Report of the Municipal Commissioner on the plague in Bombay for the year ending 31st May... - Volume 1
Disease focus: Plague
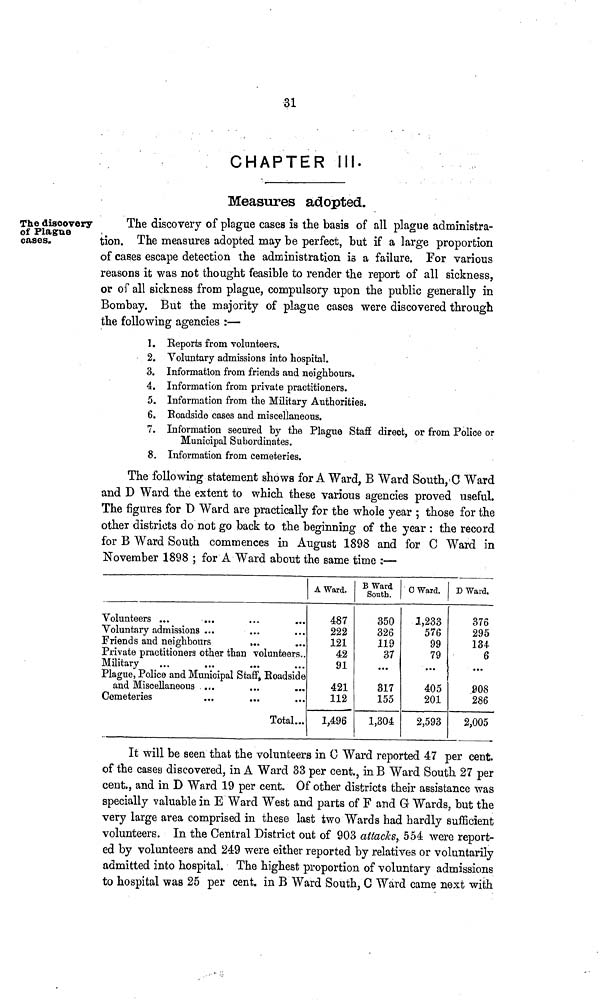
31
CHAPTER III.
Measures adopted.
The discovery
of Plague
cases.
The discovery of plague cases is the basis of all plague administra-
tion. The measures adopted may be perfect, but if a large proportion
of cases escape detection the administration is a failure. For various
reasons it was not thought feasible to render the report of all sickness,
or of all sickness from plague, compulsory upon the public generally in
Bombay. But the majority of plague cases were discovered through
the following agencies :—
1. Eeports from volunteers.
2. Voluntary admissions into hospital.
3. Information from friends and neighbours.
4. Information from private practitioners.
5. Information from the Military Authorities.
6. Roadside cases and miscellaneous.
7. Information secured by the Plague Staff direct, or from Police or
Municipal Subordinates.
8. Information from cemeteries.
The following statement shows for A Ward, B Ward South, C Ward
and D Ward the extent to which these various agencies proved useful.
The figures for D Ward are practically for the whole year ; those for the
other districts do not go back to the beginning of the year : the record
for B Ward South commences in August 1898 and for C Ward in
November 1898 ; for A Ward about the same time :—
Volunteers ... ... ... ...
Voluntary admissions ... ... ...
Friends and neighbours ... ... ...
Private practitioners other than volunteers..
Military ... ... ... ...
Plague, Police and Municipal Staff, Roadside
and Miscellaneous ... ... ...
Cemeteries ... ... ...
Total...
A Ward.
487
222
121
42
91
421
112
1,496
B Ward
South.
350
326
119
37
...
317
155
1,304
C Ward.
1,233
576
99
79
...
405
201
2,593
D Ward.
376
295
134
6
...
908
286
2,005
It will be seen that the volunteers in 0 Ward reported 47 per cent,
of the cases discovered, in A Ward 33 per cent., in B Ward South 27 per
cent., and in D Ward 19 per cent. Of other districts their assistance was
specially valuable in E Ward West and parts of F and G Wards, but the
very large area comprised in these last two Wards had hardly sufficient
volunteers. In the Central District out of 903 attacks, 554 were report-
ed by volunteers and 249 were either reported by relatives or voluntarily
admitted into hospital. The highest proportion of voluntary admissions
to hospital was 25 per cent, in B Ward South, C Ward came next with